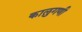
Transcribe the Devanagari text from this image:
कालुगणी